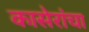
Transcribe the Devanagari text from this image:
कासेरांचा